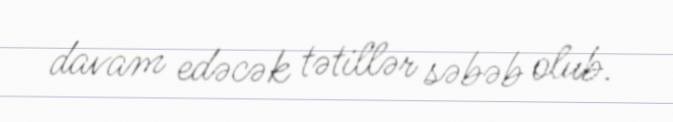
davam edəcək tətillər səbəb olub.